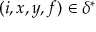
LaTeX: ( i , x , y , f ) \in \delta ^ { * }